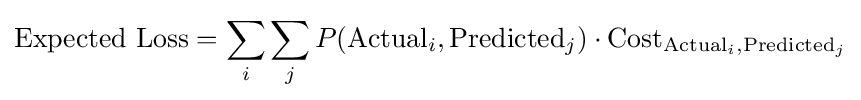
{\text{Expected Loss}}=\sum _{i}\sum _{j}P({\text{Actual}}_{i},{\text{Predicted}}_{j})\cdot {\text{Cost}}_{{\text{Actual}}_{i},{\text{Predicted}}_{j}}